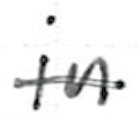
Text: in
Cross-out: single-line
Writing tool: ballpoint